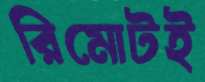
রিমোটই